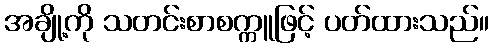
အချို့ကို သတင်းစာစက္ကူဖြင့် ပတ်ထားသည်။